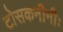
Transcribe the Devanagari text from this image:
टोसकनीनीः